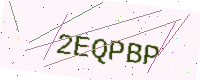
Text: 2EQPBP